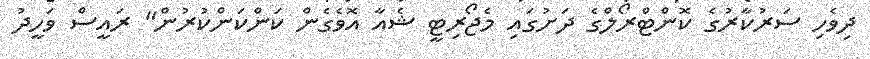
ދިވެހި ސަރުކާރުގެ ކޮންޓްރޯލްގެ ދަށުގައި މެޖޯރިޓީ ޝެއާ އޮވެގެން ކަންކަންކުރުން" ރައީސް ވަހީދު